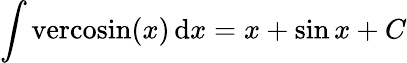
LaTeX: \int\mathrm{vercosin}(x)\, \mathrm{d}x=x+\sin{x}+C